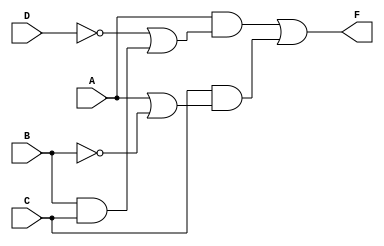
module Lab1_dataflow(F,A,B,C,D);
    output  F;
    input   A,B,C,D;

    assign F = (A&&((!D)||(B&&C)))||(C&&(A||(!B)));


endmodule